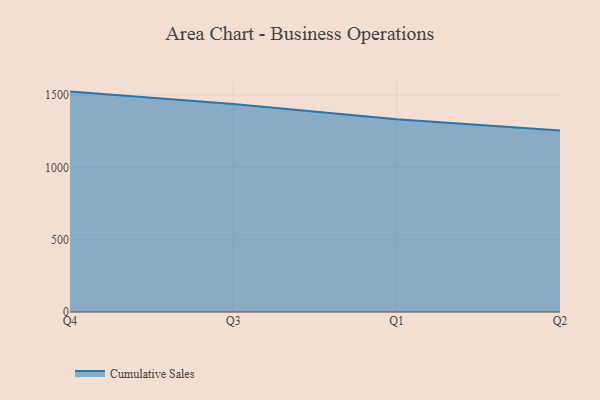
{"axis": {"x": "Quarter", "y": "Population (Million)"}, "legend": ["Cumulative Sales"], "data": [{"x": "Q4", "y": 1523.7, "type": "Cumulative Sales"}, {"x": "Q3", "y": 1437.2, "type": "Cumulative Sales"}, {"x": "Q1", "y": 1332.4, "type": "Cumulative Sales"}, {"x": "Q2", "y": 1254.2, "type": "Cumulative Sales"}]}